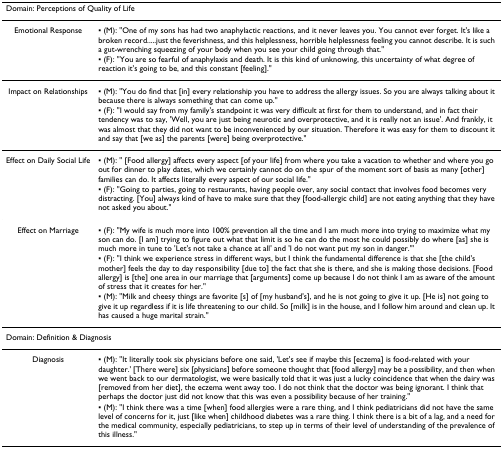
<table><thead><tr><td colspan="2"><b>Domain: Perceptions of Quality of Life</b></td></tr></thead><tbody><tr><td>Emotional Response</td><td>▪ (M): &quot;One of my sons has had two anaphylactic reactions, and it never leaves you. You cannot ever forget. It&#x27;s like a broken record.....just the feverishness, and this helplessness, horrible helplessness feeling you cannot describe. It is such a gut-wrenching squeezing of your body when you see your child going through that.&quot;</td></tr><tr><td></td><td>▪ (F): &quot;You are so fearful of anaphylaxis and death. It is this kind of unknowing, this uncertainty of what degree of reaction it&#x27;s going to be, and this constant [feeling].&quot;</td></tr><tr><td>Impact on Relationships</td><td>▪ (M): &quot;You do find that [in] every relationship you have to address the allergy issues. So you are always talking about it because there is always something that can come up.&quot;</td></tr><tr><td></td><td>▪ (F): &quot;I would say from my family&#x27;s standpoint it was very difficult at first for them to understand, and in fact their tendency was to say, &#x27;Well, you are just being neurotic and overprotective, and it is really not an issue&#x27;. And frankly, it was almost that they did not want to be inconvenienced by our situation. Therefore it was easy for them to discount it and say that [we as] the parents [were] being overprotective.&quot;</td></tr><tr><td>Effect on Daily Social Life</td><td>▪ (M): &quot; [Food allergy] affects every aspect [of your life] from where you take a vacation to whether and where you go out for dinner to play dates, which we certainly cannot do on the spur of the moment sort of basis as many [other] families can do. It affects literally every aspect of our social life.&quot;</td></tr><tr><td></td><td>▪ (F): &quot;Going to parties, going to restaurants, having people over, any social contact that involves food becomes very distracting. [You] always kind of have to make sure that they [food-allergic child] are not eating anything that they have not asked you about.&quot;</td></tr><tr><td>Effect on Marriage</td><td>▪ (F): &quot;My wife is much more into 100% prevention all the time and I am much more into trying to maximize what my son can do. [I am] trying to figure out what that limit is so he can do the most he could possibly do where [as] she is much more in tune to &#x27;Let&#x27;s not take a chance at all&#x27; and &#x27;I do not want put my son in danger.&quot;&#x27;</td></tr><tr><td></td><td>▪ (F): &quot;I think we experience stress in different ways, but I think the fundamental difference is that she [the child&#x27;s mother] feels the day to day responsibility [due to] the fact that she is there, and she is making those decisions. [Food allergy] is [the] one area in our marriage that [arguments] come up because I do not think I am as aware of the amount of stress that it creates for her.&quot;</td></tr><tr><td></td><td>▪ (M): &quot;Milk and cheesy things are favorite [s] of [my husband&#x27;s], and he is not going to give it up. [He is] not going to give it up regardless if it is life threatening to our child. So [milk] is in the house, and I follow him around and clean up. It has caused a huge marital strain.&quot;</td></tr><tr><td colspan="2">Domain: Definition &amp; Diagnosis</td></tr><tr><td>Diagnosis</td><td>▪ (M): &quot;It literally took six physicians before one said, &#x27;Let&#x27;s see if maybe this [eczema] is food-related with your daughter.&#x27; [There were] six [physicians] before someone thought that [food allergy] may be a possibility, and then when we went back to our dermatologist, we were basically told that it was just a lucky coincidence that when the dairy was [removed from her diet], the eczema went away too. I do not think that the doctor was being ignorant. I think that perhaps the doctor just did not know that this was even a possibility because of her training.&quot;</td></tr><tr><td></td><td>▪ (M): &quot;I think there was a time [when] food allergies were a rare thing, and I think pediatricians did not have the same level of concerns for it, just [like when] childhood diabetes was a rare thing. I think there is a bit of a lag, and a need for the medical community, especially pediatricians, to step up in terms of their level of understanding of the prevalence of this illness.&quot;</td></tr></tbody></table>